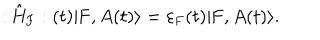
LaTeX: : \hat { \mathrm { H } } _ { \mathrm { F } } : ( t ) | \mathrm { F } , A ( t ) \rangle = { \varepsilon } _ { \mathrm { F } } ( t ) | \mathrm { F } , A ( t ) \rangle .